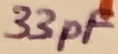
Text: 33pF